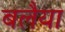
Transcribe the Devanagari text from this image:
बलैया